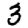
Digit: 3